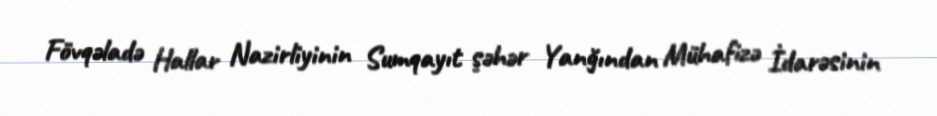
Fövqəladə Hallar Nazirliyinin Sumqayıt şəhər Yanğından Mühafizə İdarəsinin